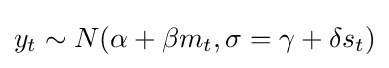
y_{t}\sim N(\alpha +\beta m_{t},\sigma =\gamma +\delta s_{t})